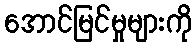
အောင်မြင်မှုများကို